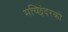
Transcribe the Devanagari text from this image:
मच्छिंदरको